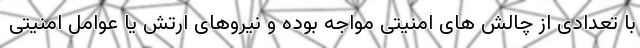
با تعدادی از چالش های امنیتی مواجه بوده و نیروهای ارتش یا عوامل امنیتی